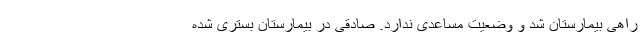
راهی بیمارستان شد و وضعیت مساعدی ندارد. صادقی در بیمارستان بستری شده